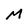
Character: M